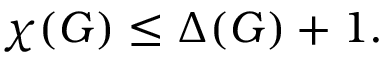
\chi ( G ) \leq \Delta ( G ) + 1 .